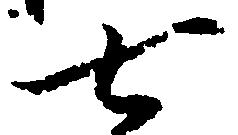
七